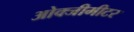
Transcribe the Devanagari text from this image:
ओक्जीमीटर